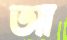
আ